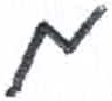
אות: ם